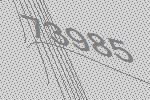
73985